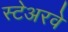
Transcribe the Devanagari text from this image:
स्टेअरवे